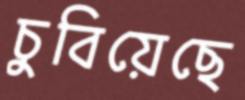
চুবিয়েছে